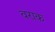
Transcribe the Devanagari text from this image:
वराक